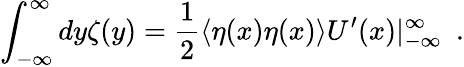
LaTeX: \int_{-\infty}^{\infty}dy\zeta(y)=\frac{1}{2}\langle\eta(x)\eta(x)\rangle U^{\prime}(x)|_{-\infty}^{\infty}\ \ .